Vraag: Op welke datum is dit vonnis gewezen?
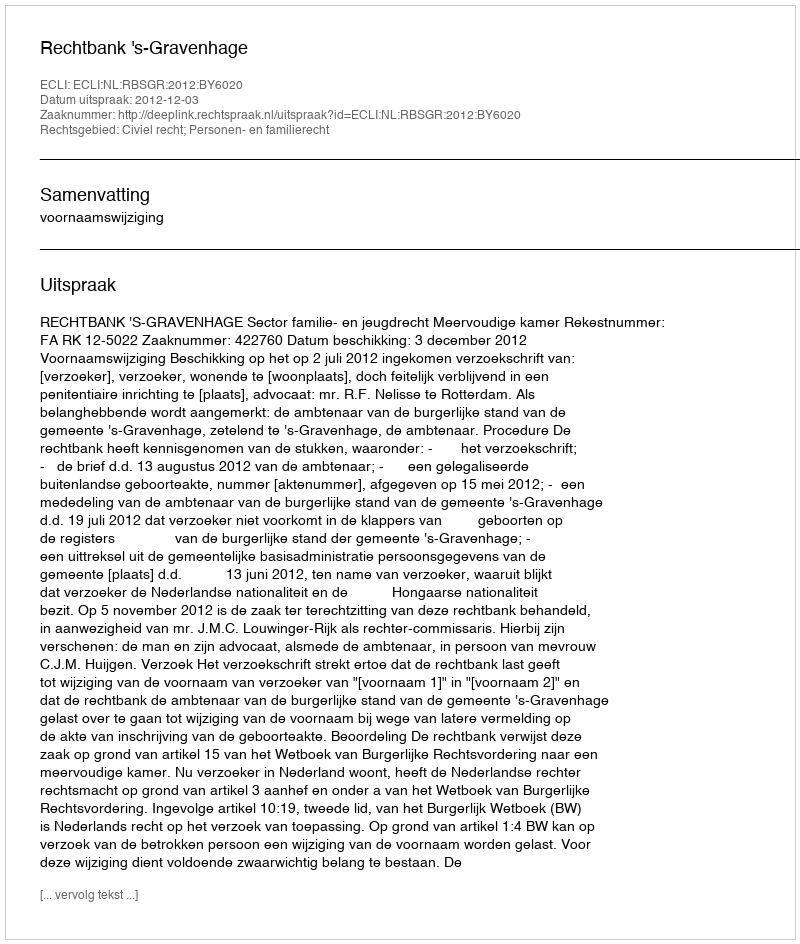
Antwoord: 2012-12-03